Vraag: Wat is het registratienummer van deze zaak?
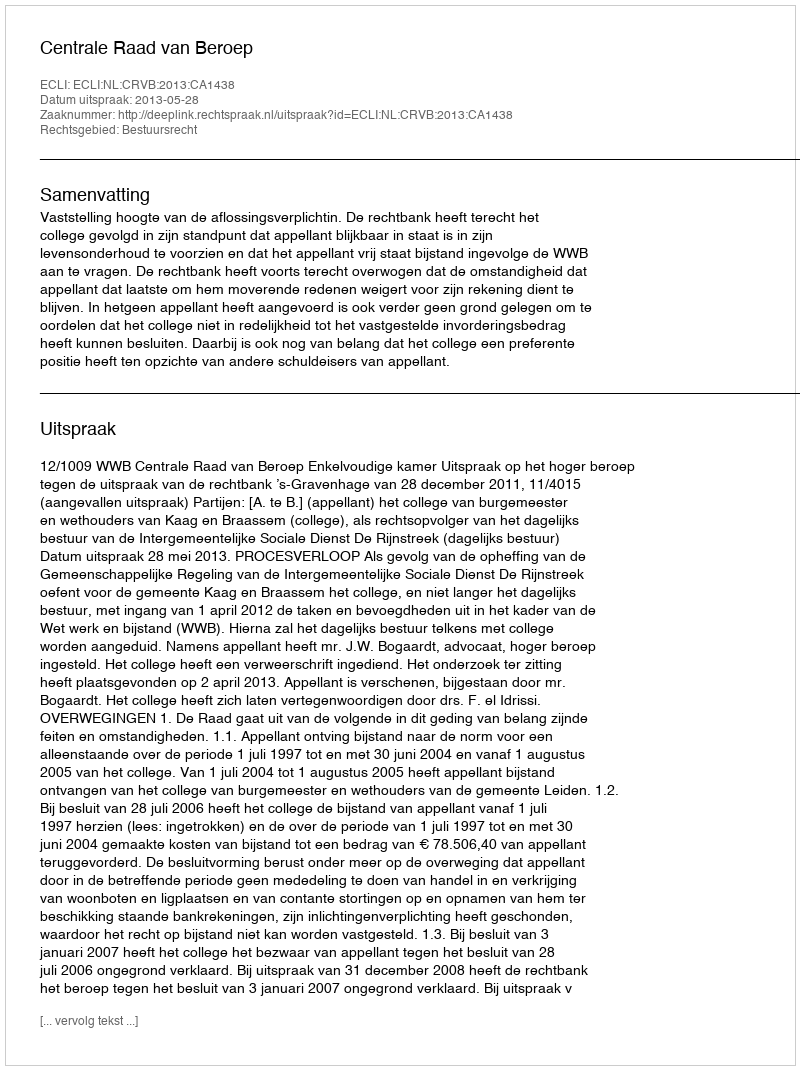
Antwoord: http://deeplink.rechtspraak.nl/uitspraak?id=ECLI:NL:CRVB:2013:CA1438